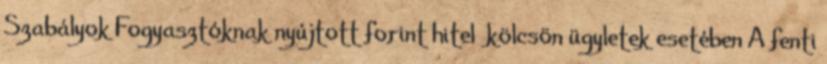
Szabályok Fogyasztóknak nyújtott forint hitel kölcsön ügyletek esetében A fenti